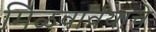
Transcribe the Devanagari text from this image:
मिळवावयाचे